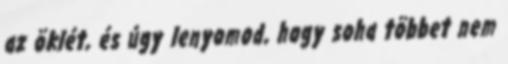
az öklét, és úgy lenyomod, hogy soha többet nem